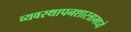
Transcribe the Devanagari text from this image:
व्यवस्थापनशास्त्रामध्ये